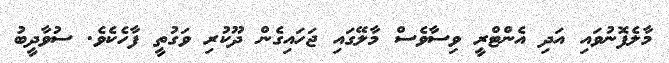
މާލެފޮނުވައި އަދި އެންޓްރީ ވިސާވެސް މާލޭގައި ޖަހައިގެން ދޫކުރި ވަގުތީ ފާހެކެވެ. ސުވާދީބު